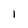
Character: l